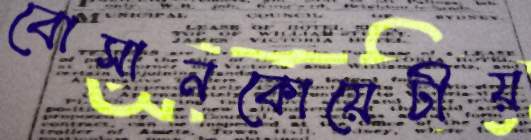
বোসানকোয়েটীয়